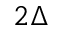
2 \Delta